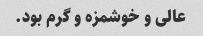
عالی و خوشمزه و گرم بود.